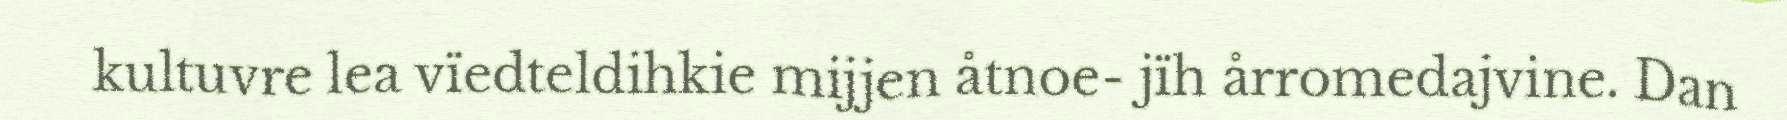
kultuvre lea vïedteldihkie mijjen åtnoe- jïh årromedajvine. Dan